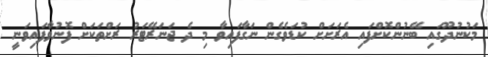
މަކުނުދޫގައި ބޭނުންކޮށްފައި އެރަށަށް ކުޑަވެގެން ނަގާފައިވާ މި ދެ ޖަނަރޭޓަރު ރަށްތަކަށް ފޮނުވާފައިވަނީ